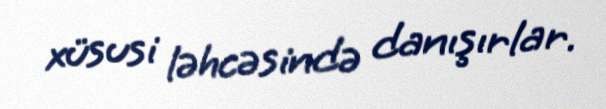
xüsusi ləhcəsində danışırlar.